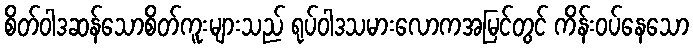
စိတ်ဝါဒဆန်သောစိတ်ကူးများသည် ရုပ်ဝါဒသမားလောကအမြင်တွင် ကိန်းဝပ်နေသော